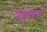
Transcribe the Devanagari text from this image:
नक्‍सल